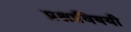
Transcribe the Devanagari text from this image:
प्रश्नाविषयी